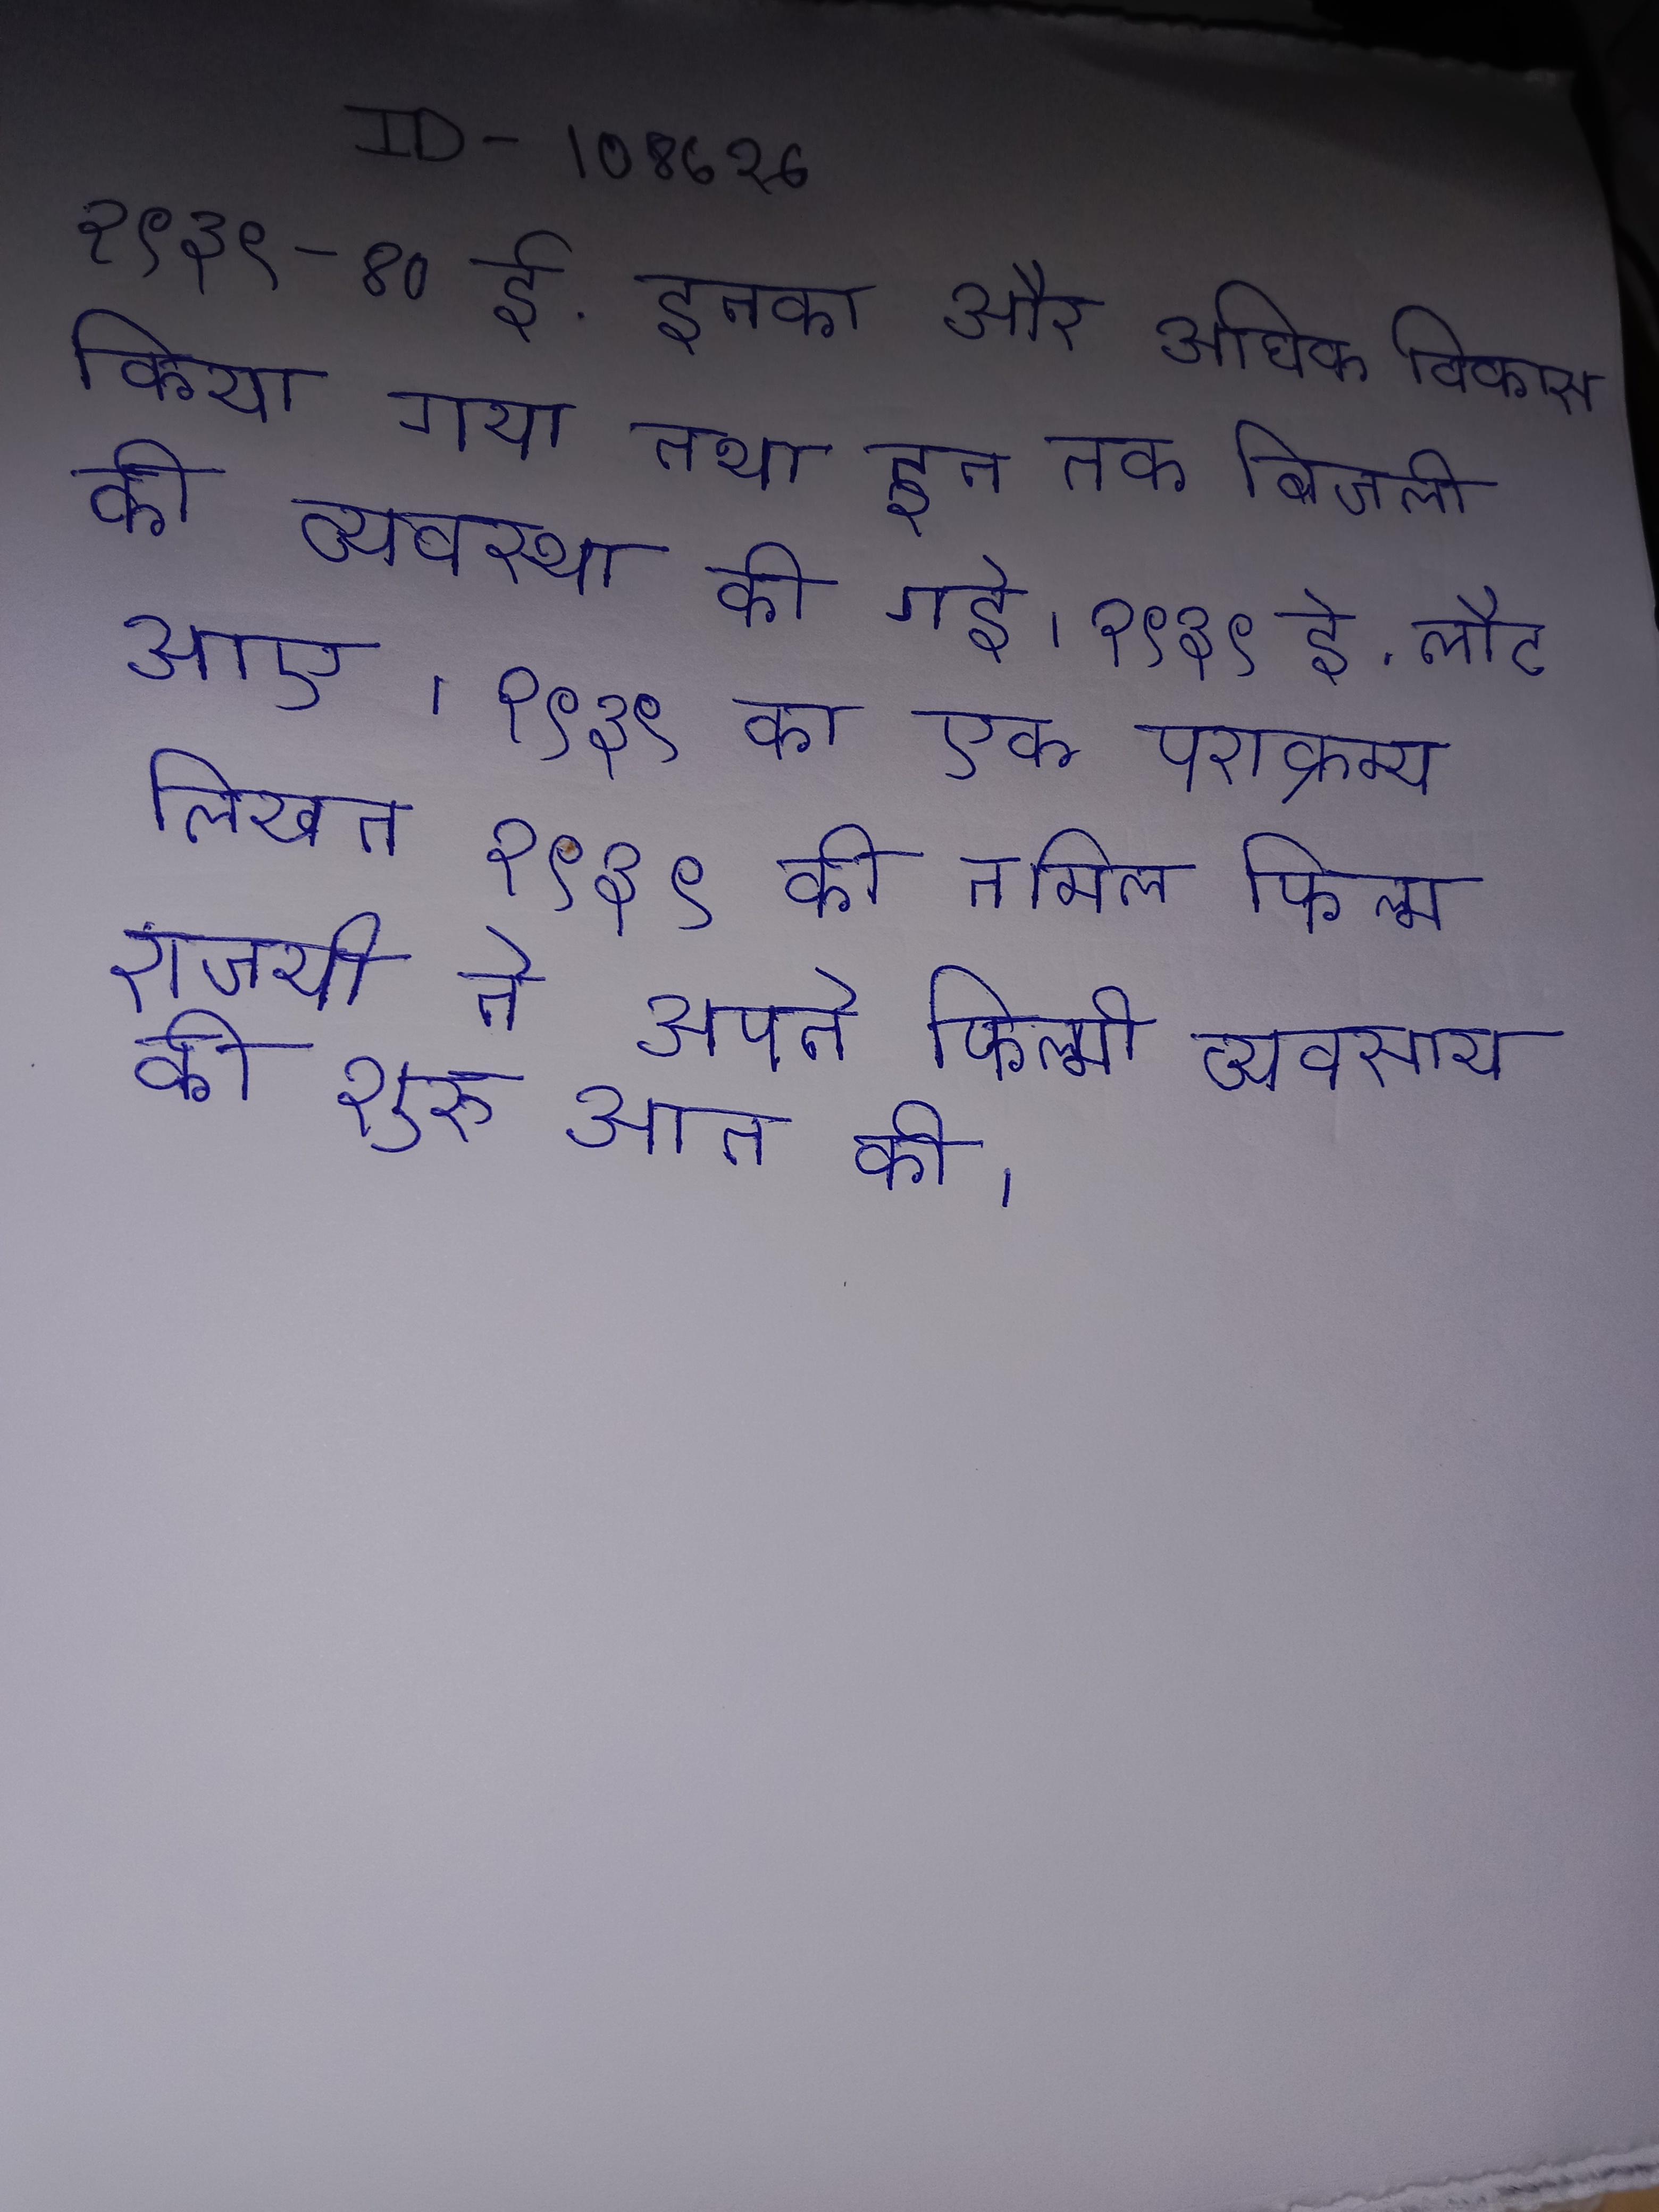
१९३९-४० ई. इनका और अधिक विकास किया गया तथा इन तक बिजली की व्यवस्था की गई । १९३९ ई. लौट आए । १९३९ का एक पराक्रम्य लिखत १९३९ की तमिल फिल्म "कुमाला कुलथुनगान" राजयी ने अपने फिल्मी व्यवसाय की शुरुआत की ।